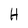
Character: H